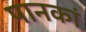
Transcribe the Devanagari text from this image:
पानकां